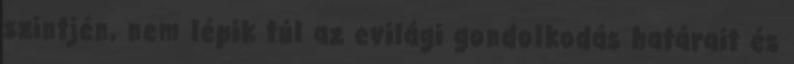
szintjén, nem lépik túl az evilági gondolkodás határait és